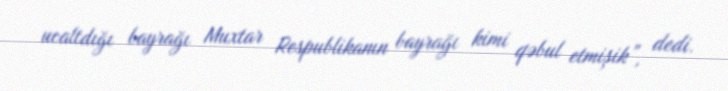
ucaltdığı bayrağı Muxtar Respublikanın bayrağı kimi qəbul etmişik”, dedi.